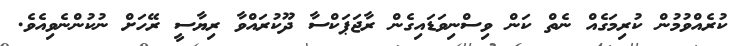
ކުރެއްވުމުން ކުރިމަގެއް ނެތް ކަން ވިސްނިވަޑައިގެން ރާޖަޕަކްސާ ދޫކުރައްވާ ރިޔާސީ ރޭހަށް ނުކުންނެވިއެވެ.